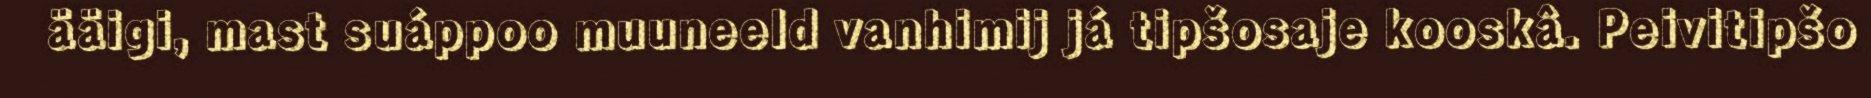
ääigi, mast suáppoo muuneeld vanhimij já tipšosaje kooskâ. Peivitipšo